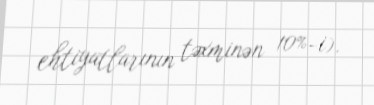
ehtiyatlarının təxminən 10%-i).